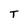
Character: T